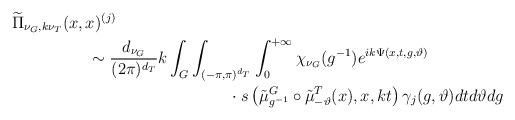
LaTeX: \begin{align*}\begin{multlined}[t][12.5cm]\widetilde{\Pi}_{\nu_{G},k\nu_{T}}(x,x)^{(j)}\\\sim \frac{d_{\nu_{G}}}{(2\pi)^{d_{T}}}k\int_{G}\int_{(-\pi,\pi)^{d_{T}}}\int_{0}^{+\infty}\chi_{\nu_{G}}(g^{-1})e^{ik\Psi(x,t,g,\vartheta)}\\\cdot s\left(\tilde{\mu}_{g^{-1}}^{G}\circ\tilde{\mu}_{-\vartheta}^{T}(x),x,kt\right)\gamma_{j}(g,\vartheta)d t d\vartheta dg\end{multlined}\end{align*}